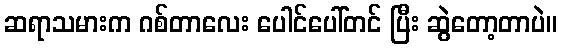
ဆရာသမားက ဂစ်တာလေး ပေါင်ပေါ်တင် ပြီး ဆွဲတော့တာပဲ။